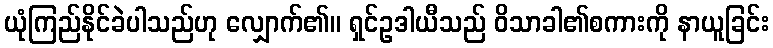
ယုံကြည်နိုင်ခဲပါသည်ဟု လျှောက်၏။ ရှင်ဥဒါယီသည် ဝိသာခါ၏စကားကို နာယူခြင်း